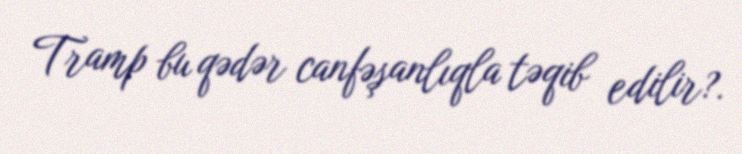
Tramp bu qədər canfəşanlıqla təqib edilir?.